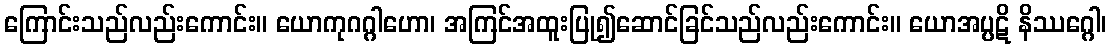
ကြောင်းသည်လည်းကောင်း။ ယောကုဂဂ္ဂါဟော၊ အကြင်အထူးပြု၍ဆောင်ခြင်သည်လည်းကောင်း။ ယောအပ္ပဋိ နိဿဂ္ဂေါ၊